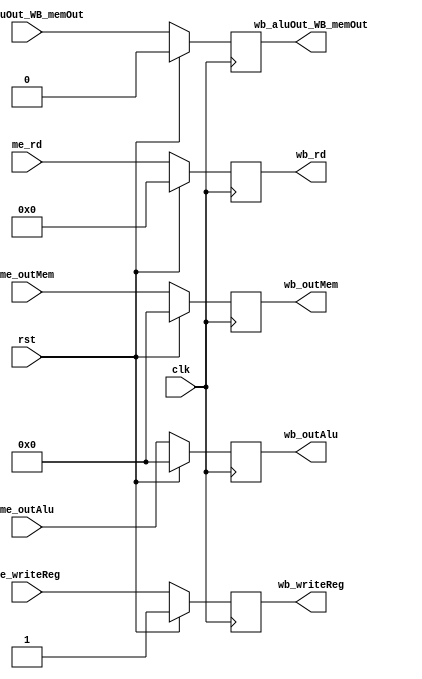
module me_wb(
    input clk, rst,
    input me_aluOut_WB_memOut,
    input me_writeReg,
    input [31: 0] me_outMem,
    input [31: 0] me_outAlu,
    input [4: 0] me_rd,

    output reg wb_aluOut_WB_memOut,
    output reg wb_writeReg,
    output reg [31: 0] wb_outMem,
    output reg [31: 0] wb_outAlu,
    output reg [4: 0] wb_rd
);

always @(posedge clk) begin
    if(rst) begin
        wb_aluOut_WB_memOut = 1'b0;
        wb_writeReg = 1'b1;
        wb_outMem = 32'd0;
        wb_outAlu = 32'd0;
        wb_rd = 5'd0;
    end else begin
        wb_aluOut_WB_memOut <= me_aluOut_WB_memOut;
        wb_writeReg <= me_writeReg;
        wb_outMem <= me_outMem;
        wb_outAlu <= me_outAlu;
        wb_rd <= me_rd;
    end
end

endmodule